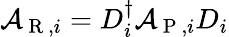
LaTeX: \mathcal{A}_{\mathrm{{~R~}},i}=D_{i}^{\dagger}\mathcal{A}_{\mathrm{{~P~}},i}D_{i}